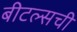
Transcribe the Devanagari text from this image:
बीटल्सची